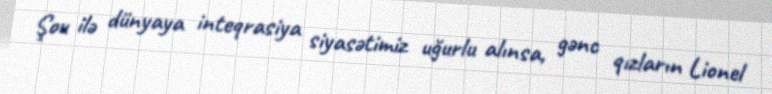
Şou ilə dünyaya inteqrasiya siyasətimiz uğurlu alınsa, gənc qızların Lionel